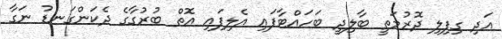
އަދި ގިފިލި ދޮރުމަތީ ބާލިދީ ބަހައްޓާފައި އެލިފައި އޮތް ބުރުގާގެ ދެކަންގަނޑު ނަގާ